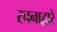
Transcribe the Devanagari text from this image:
रचनाद्वारे